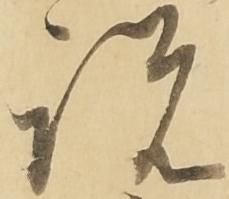
説